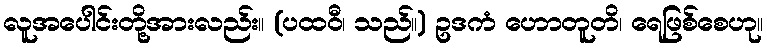
လူအပေါင်းတို့အားလည်း။ (ပထဝီ၊ သည်။) ဥဒကံ ဟောတူတိ၊ ရေဖြစ်စေဟု။